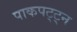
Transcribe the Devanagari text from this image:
पाकपट्ट्न